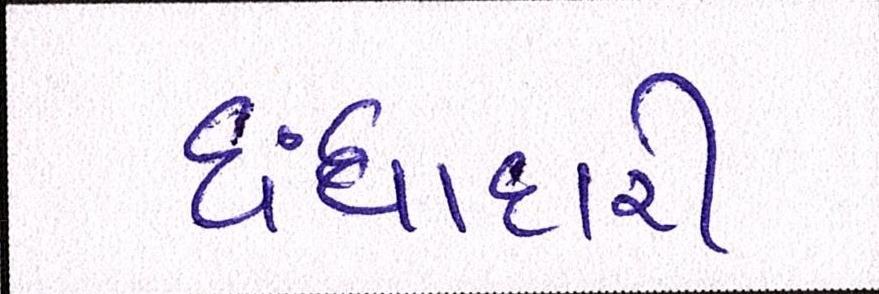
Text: ધંધાદારી